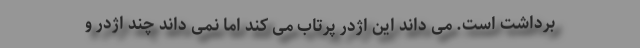
برداشت است. می داند این اژدر پرتاب می کند اما نمی داند چند اژدر و